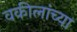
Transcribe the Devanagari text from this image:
वकीलांच्या